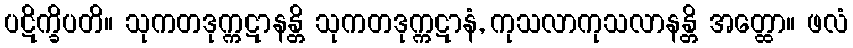
ပဋိက္ခိပတိ။ သုကတဒုက္ကဋာနန္တိ သုကတဒုက္ကဋာနံ, ကုသလာကုသလာနန္တိ အတ္ထော။ ဖလံ